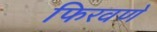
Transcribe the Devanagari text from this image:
फिरवणें